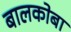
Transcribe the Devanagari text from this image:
बालकोबा